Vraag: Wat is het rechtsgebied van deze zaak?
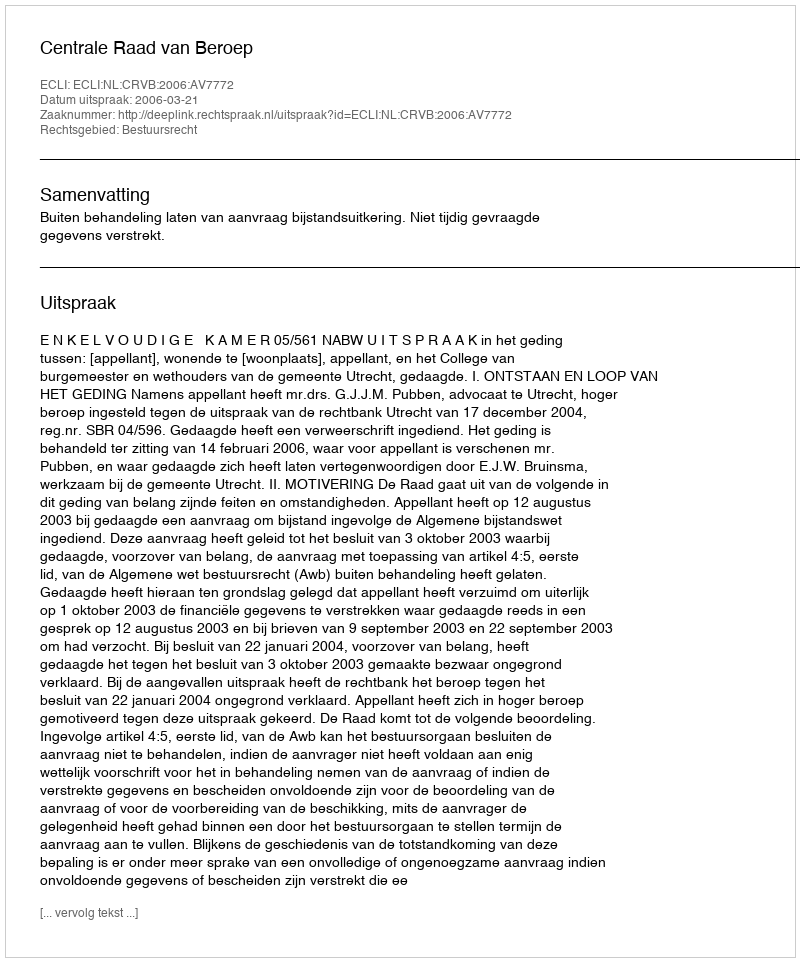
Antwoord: Bestuursrecht